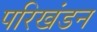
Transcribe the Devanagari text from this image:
परिखंडन